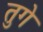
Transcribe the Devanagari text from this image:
तुगे